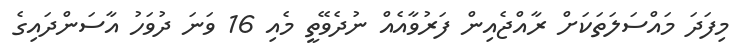
މިފަދަ މައްސަލަތަކަށް ރާއްޖެއިން ފަރުވާއެއް ނުދެވޭތީ މެއި 16 ވަނަ ދުވަހު އާސަންދައިގެ